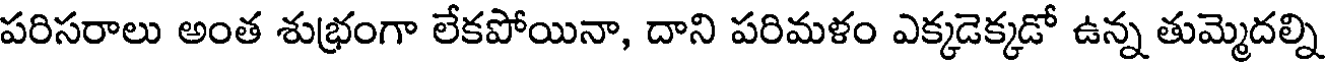
పరిసరాలు అంత శుభ్రంగా లేకపోయినా, దాని పరిమళం ఎక్కడెక్కడో ఉన్న తుమ్మెదల్ని